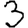
Digit: 3